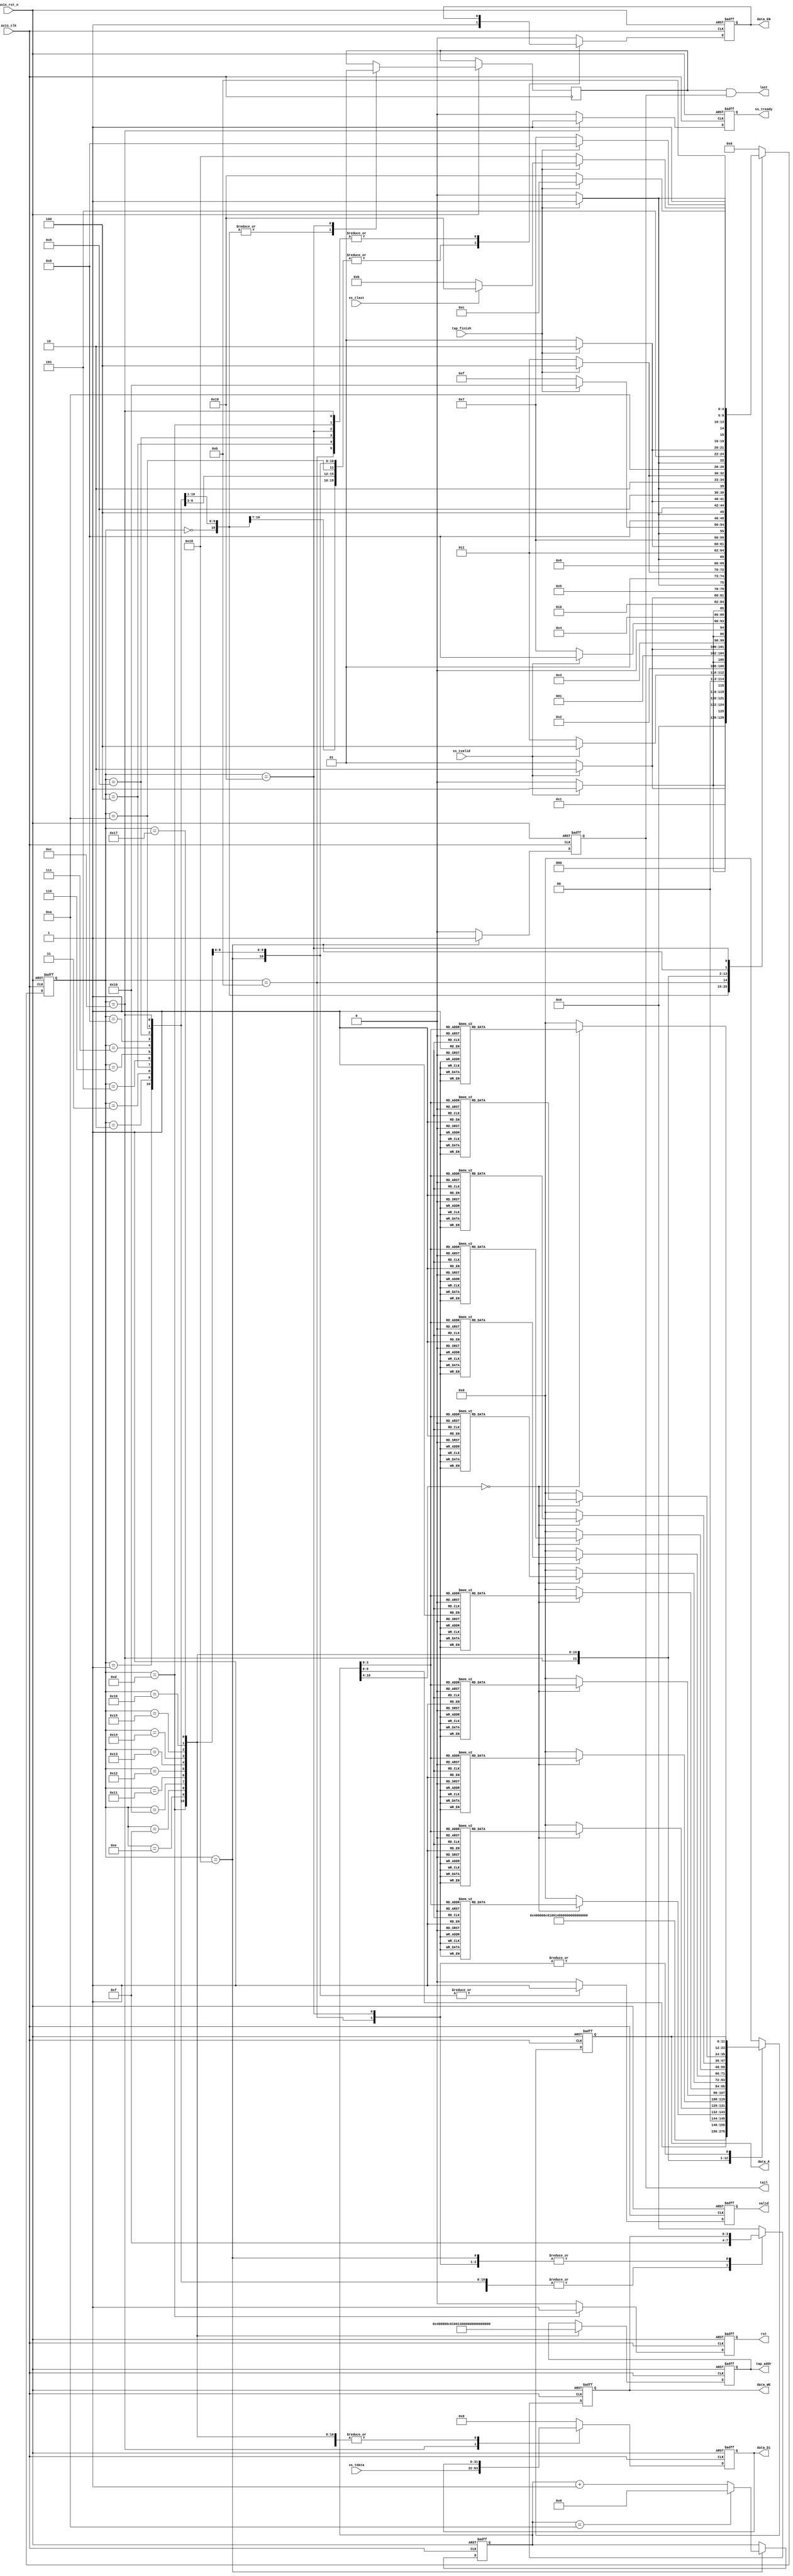
module fir_data
#(  parameter pADDR_WIDTH = 12,
    parameter pDATA_WIDTH = 32,
    parameter Tape_Num    = 11
)
(  
    output  wire [3:0]               data_WE,
    output  wire                     data_EN,
    output  wire [(pDATA_WIDTH-1):0] data_Di,
    output  wire [(pADDR_WIDTH-1):0] data_A,
	input	wire					 tap_finish,
    output  wire [(pADDR_WIDTH-1):0] tap_addr,	
	output  wire					 valid,
	output  wire					 rst,
	output  wire					 tail,
	output  wire					 last,

    input   wire                     ss_tvalid, 
    input   wire [(pDATA_WIDTH-1):0] ss_tdata, 
    input   wire                     ss_tlast, 
    output  wire                     ss_tready,  
	
    input   wire                     axis_clk,
    input   wire                     axis_rst_n
);

/*
AXI-stream:
   M(PS)->S(FIR):
        ss_tdata
        ss_tlast
		ss_tvalid
    M(PS)<-S(FIR):
        ss_tready

SRAM:
FIR<-SRAM
    data_Do

FIR->SRAM
    data_WE
    data_EN
    data_Di
    data_A


*/
reg sslast;
reg tready;

reg [4:0] curr_state;
reg [4:0] next_state;

parameter s0   = 5'b00000; // reset ram[0] 
parameter s1   = 5'b00001; // reset ram[1] 
parameter s2   = 5'b00010; // reset ram[2]
parameter s3   = 5'b00011; // reset ram[3]
parameter s4   = 5'b00100; // reset ram[4]
parameter s5   = 5'b00101; // reset ram[5]
parameter s6   = 5'b00110; // reset ram[6]
parameter s7   = 5'b00111; // reset ram[7]
parameter s8   = 5'b01000; // reset ram[8]
parameter s9   = 5'b01001; // reset ram[9]
parameter s10  = 5'b01010; // reset ram[10]

parameter s11  = 5'b01011; // load data to mem
parameter s12  = 5'b01100; // write ram 

parameter s13  = 5'b01101; // read sram mem[0]
parameter s14  = 5'b01110; // read sram mem[1]
parameter s15  = 5'b01111; // read sram mem[2]
parameter s16  = 5'b10000; // read sram mem[3]
parameter s17  = 5'b10001; // read sram mem[4]
parameter s18  = 5'b10010; // read sram mem[5]
parameter s19  = 5'b10011; // read sram mem[6]
parameter s20  = 5'b10100; // read sram mem[7]
parameter s21  = 5'b10101; // read sram mem[8]
parameter s22  = 5'b10110; // read sram mem[9]
parameter s23  = 5'b10111; // read sram mem[10]
parameter s24  = 5'b11000; // wait

parameter s25  = 5'b11001; // last load


always@(posedge axis_clk or negedge axis_rst_n)
	if (!axis_rst_n) curr_state <= s0;
	else        curr_state <= next_state;

always@(*)
	case(curr_state)
		s0:  if(ss_tvalid) next_state = s1;
		     else next_state = s0;
		s1:  if(ss_tvalid) next_state = s2;
		     else next_state = s1;
		s2:  if(ss_tvalid) next_state = s3;
		     else next_state = s2;
		s3:  if(ss_tvalid) next_state = s4;
		     else next_state = s3;
		s4:  if(ss_tvalid) next_state = s5;
		     else next_state = s4;
		s5:  if(ss_tvalid) next_state = s6;
		     else next_state = s5;
		s6:  if(ss_tvalid) next_state = s7;
		     else next_state = s6;
		s7:  if(ss_tvalid) next_state = s8;
		     else next_state = s7;
		s8:  if(ss_tvalid) next_state = s9;
		     else next_state = s8;
		s9:  if(ss_tvalid) next_state = s10;		     
		     else next_state = s9;
		s10: if(tap_finish) next_state = s11;
		     else next_state = s10;
		s11: if(tap_finish) next_state = s12;
		     else next_state = s11;
		s12: if(tap_finish) next_state = s13;
		     else next_state = s12;
		s13: if(tap_finish) next_state = s14;
		     else next_state = s13;
		s14: if(tap_finish) next_state = s15;
		     else next_state = s14;
		s15: if(tap_finish) next_state = s16;
		     else next_state = s15;
		s16: if(tap_finish) next_state = s17;
		     else next_state = s16;
		s17: if(tap_finish) next_state = s18;
		     else next_state = s17;
		s18: if(tap_finish) next_state = s19;
		     else next_state = s18;
		s19: if(tap_finish) next_state = s20;
		     else next_state = s19;
		s20: if(tap_finish) next_state = s21;
		     else next_state = s20;
		s21: if(tap_finish) next_state = s22;
		     else next_state = s21;
		s22: if(tap_finish) next_state = s23;
		     else next_state = s22;
		s23: if(tap_finish) next_state = s24;
		     else next_state = s23;
		s24: if(tap_finish) next_state = (ss_tlast)?s25:s11;
		     else next_state = s24;
		s25: if(tap_finish) next_state = s12;
		     else next_state = s25; 
		default : next_state = s0;		 			 			 			 			 			 			 			 			 			 				 			 
	endcase

reg [3:0] ramwenin;
reg [(pDATA_WIDTH-1):0] ramdatain;
reg [(pADDR_WIDTH-1):0] ramaddrin;
reg ramenin;

reg datavalid;
reg datarst;
reg datatail;
reg datalast;

reg [10:0] ptr;

reg [(pADDR_WIDTH-1):0] tapramaddrin;

always@(posedge axis_clk or negedge axis_rst_n) begin	
	if(!axis_rst_n) begin
		tready <= 0;

		ramwenin <= 4'b0000;
		ramdatain <= 0;
		ramaddrin <= 0;
		ramenin <= 0;

		datavalid <= 0;
		datarst <= 0;
		datatail <= 0;

		ptr <=0;	
		tapramaddrin <= 0;	
	end	
	else 
		case(curr_state)
		s0:  begin 
		     tready <= 0;

			 ramwenin <= 4'b1111;
			 ramdatain <= 0;
			 ramaddrin <= 0;
			 ramenin <= 1;
			 
			 datavalid <= 0;
			 datarst <= 0;
			 datatail <= 0;
			 datalast <= 0;
		end
		s1:  begin
			 tready <= 0;

			 ramwenin <= 4'b1111;
			 ramdatain <= 0;
			 ramaddrin <= 4;
			 ramenin <= 1;

			 datavalid <= 0;
			 datarst <= 0;
			 datatail <= 0;
			 datalast <= 0;
		end
		s2:  begin
			 tready <= 0;

			 ramwenin <= 4'b1111;
			 ramdatain <= 0;
			 ramaddrin <= 8;
			 ramenin <= 1;

			 datavalid <= 0;
			 datarst <= 0;
			 datatail <= 0;
			 datalast <= 0;
			 
		end
		s3:  begin
			 tready <= 0;

			 ramwenin <= 4'b1111;
			 ramdatain <= 0;
			 ramaddrin <= 12;
			 ramenin <= 1;

			 datavalid <= 0;
			 datarst <= 0;
			 datatail <= 0;
			 datalast <= 0;			 
		end
		s4:  begin
			 tready <= 0;

			 ramwenin <= 4'b1111;
			 ramdatain <= 0;
			 ramaddrin <= 16;
			 datavalid <= 0;
			 datarst <= 0;
			 datatail <= 0;
			 datalast <= 0;			 
		end
		s5:  begin
			 tready <= 0;

			 ramwenin <= 4'b1111;
			 ramdatain <= 0;
			 ramaddrin <= 20;
			 ramenin <= 1;

			 datavalid <= 0;
			 datarst <= 0;
			 datatail <= 0;
			 datalast <= 0;			 
		end
		s6:  begin
			 tready <= 0;

			 ramwenin <= 4'b1111;
			 ramdatain <= 0;
			 ramaddrin <= 24;
			 ramenin <= 1;

			 datavalid <= 0;
			 datarst <= 0;
			 datatail <= 0;
			 datalast <= 0;			 
		end
		s7:  begin
			 tready <= 0;

			 ramwenin <= 4'b1111;
			 ramdatain <= 0;
			 ramaddrin <= 28;
			 ramenin <= 1;

			 datavalid <= 0;
			 datarst <= 0;
			 datatail <= 0;
			 datalast <= 0;		 
		end
		s8:  begin
			 tready <= 0;

			 ramwenin <= 4'b1111;
			 ramdatain <= 0;
			 ramaddrin <= 32;
			 ramenin <= 1;

			 datavalid <= 0;
			 datarst <= 0;
			 datatail <= 0;
			 datalast <= 0;			 
		end
		s9:  begin
			 tready <= 0;

			 ramwenin <= 4'b1111;
			 ramdatain <= 0;
			 ramaddrin <= 36;

			 datavalid <= 0;
			 datarst <= 0;
			 datatail <= 0;
			 datalast <= 0;
		end
		s10: begin
			 tready <= 0;

			 ramwenin <= 4'b1111;
			 ramdatain <= 0;
			 ramaddrin <= 40;
			 ramenin <= 1;

			 datavalid <= 0;
			 datarst <= 0;
			 datatail <= 0;
			 datalast <= 0;
		end
		s11: begin
			 tready <= 0;

			 datavalid <= 0;
			 datarst <= 0;
			 datatail <= 0;
		end
		s12: begin
			 tready <= 1;

			 ramwenin <= 4'b1111;
			 ramdatain <= ss_tdata;
			 ramaddrin <= ptr << 2;

			 datavalid <= 0;
			 datarst <= 0;
			 datatail <= 0;
		end		
		s13: begin
			 tready <= 0;
			 ramwenin <= 4'b0000;

			 case(ptr)
			 	4'd0: ramaddrin <= 0;
				4'd1: ramaddrin <= 4;
				4'd2: ramaddrin <= 8;
				4'd3: ramaddrin <= 12;
				4'd4: ramaddrin <= 16; 
				4'd5: ramaddrin <= 20;
				4'd6: ramaddrin <= 24;
				4'd7: ramaddrin <= 28;
				4'd8: ramaddrin <= 32;
				4'd9: ramaddrin <= 36;
				4'd10: ramaddrin <= 40;
				default: ramaddrin <= 0;
			 endcase

			 datavalid <= 0;
			 datarst <= 1;
			 datatail <= 0;
			 tapramaddrin <= 0;
		end
		s14: begin
			 tready <= 0;

			 ramwenin <= 4'b0000;
			 ramenin <= 1;

			 case(ptr)
			 	4'd0: ramaddrin <= 40;
				4'd1: ramaddrin <= 0;
				4'd2: ramaddrin <= 4;
				4'd3: ramaddrin <= 8;
				4'd4: ramaddrin <= 12; 
				4'd5: ramaddrin <= 16;
				4'd6: ramaddrin <= 20;
				4'd7: ramaddrin <= 24;
				4'd8: ramaddrin <= 28;
				4'd9: ramaddrin <= 32;
				4'd10: ramaddrin <= 36;
				default: ramaddrin <= 0;
			 endcase

			 datavalid <= 1;
			 datarst <= 0;
			 datatail <= 0;
			 tapramaddrin <= 4;
		end	
		s15: begin
			 tready <= 0;

			 ramwenin <= 4'b0000;
			 ramenin <= 1;	

			 case(ptr)
			 	4'd0: ramaddrin <= 36;
				4'd1: ramaddrin <= 40;
				4'd2: ramaddrin <= 0;
				4'd3: ramaddrin <= 4;
				4'd4: ramaddrin <= 8; 
				4'd5: ramaddrin <= 12;
				4'd6: ramaddrin <= 16;
				4'd7: ramaddrin <= 20;
				4'd8: ramaddrin <= 24;
				4'd9: ramaddrin <= 28;
				4'd10: ramaddrin <= 32;
				default: ramaddrin <= 0;
			 endcase

			 datavalid <= 1;
			 datarst <= 0;
			 datatail <= 0;
			 tapramaddrin <= 8;
		end	
		s16: begin
			 tready <= 0;

			 ramwenin <= 4'b0000;
			 ramenin <= 1;

			 case(ptr)
			 	4'd0: ramaddrin <= 32;
				4'd1: ramaddrin <= 36;
				4'd2: ramaddrin <= 40;
				4'd3: ramaddrin <= 0;
				4'd4: ramaddrin <= 4; 
				4'd5: ramaddrin <= 8;
				4'd6: ramaddrin <= 12;
				4'd7: ramaddrin <= 16;
				4'd8: ramaddrin <= 20;
				4'd9: ramaddrin <= 24;
				4'd10: ramaddrin <= 28;
				default: ramaddrin <= 0;
			 endcase

			 datavalid <= 1;
			 datarst <= 0;
			 datatail <= 0;	
			 tapramaddrin <= 12;	 
		end	
		s17: begin
			 tready <= 0;

			 ramwenin <= 4'b0000;
			 ramenin <= 1;	

			 case(ptr)
			 	4'd0: ramaddrin <= 28;
				4'd1: ramaddrin <= 32;
				4'd2: ramaddrin <= 36;
				4'd3: ramaddrin <= 40;
				4'd4: ramaddrin <= 0; 
				4'd5: ramaddrin <= 4;
				4'd6: ramaddrin <= 8;
				4'd7: ramaddrin <= 12;
				4'd8: ramaddrin <= 16;
				4'd9: ramaddrin <= 20;
				4'd10: ramaddrin <= 24;
				default: ramaddrin <= 0;
			 endcase

			 datavalid <= 1;
			 datarst <= 0;
			 datatail <= 0;
			 tapramaddrin <= 16;
		end	
		s18: begin
			 tready <= 0;

			 ramwenin <= 4'b0000;
			 ramenin <= 1;

			 case(ptr)
			 	4'd0: ramaddrin <= 24;
				4'd1: ramaddrin <= 28;
				4'd2: ramaddrin <= 32;
				4'd3: ramaddrin <= 36;
				4'd4: ramaddrin <= 40; 
				4'd5: ramaddrin <= 0;
				4'd6: ramaddrin <= 4;
				4'd7: ramaddrin <= 8;
				4'd8: ramaddrin <= 12;
				4'd9: ramaddrin <= 16;
				4'd10: ramaddrin <= 20;
				default: ramaddrin <= 0;
			 endcase

			 datavalid <= 1;
			 datarst <= 0;
			 datatail <= 0;	 
			 tapramaddrin <= 20;
		end	
		s19: begin
			 tready <= 0;

			 ramwenin <= 4'b0000;
			 ramenin <= 1;	

			 case(ptr)
			 	4'd0: ramaddrin <= 20;
				4'd1: ramaddrin <= 24;
				4'd2: ramaddrin <= 28;
				4'd3: ramaddrin <= 32;
				4'd4: ramaddrin <= 36; 
				4'd5: ramaddrin <= 40;
				4'd6: ramaddrin <= 0;
				4'd7: ramaddrin <= 4;
				4'd8: ramaddrin <= 8;
				4'd9: ramaddrin <= 12;
				4'd10: ramaddrin <= 16;
				default: ramaddrin <= 0;
			 endcase

			 datavalid <= 1;
			 datarst <= 0;
			 datatail <= 0;	
			 tapramaddrin <= 24;	 
		end									
		s20: begin
			 tready <= 0;

			 ramwenin <= 4'b0000;
			 ramenin <= 1;

			 case(ptr)
			 	4'd0: ramaddrin <= 16;
				4'd1: ramaddrin <= 20;
				4'd2: ramaddrin <= 24;
				4'd3: ramaddrin <= 28;
				4'd4: ramaddrin <= 32; 
				4'd5: ramaddrin <= 36;
				4'd6: ramaddrin <= 40;
				4'd7: ramaddrin <= 0;
				4'd8: ramaddrin <= 4;
				4'd9: ramaddrin <= 8;
				4'd10: ramaddrin <= 12;
				default: ramaddrin <= 0;
			 endcase			 

			 datavalid <= 1;
			 datarst <= 0;
			 datatail <= 0;
			 tapramaddrin <= 28;
		end	
		s21: begin
			 tready <= 0;

			 ramwenin <= 4'b0000;
			 ramenin <= 1;

			 case(ptr)
			 	4'd0: ramaddrin <= 12;
				4'd1: ramaddrin <= 16;
				4'd2: ramaddrin <= 20;
				4'd3: ramaddrin <= 24;
				4'd4: ramaddrin <= 28; 
				4'd5: ramaddrin <= 32;
				4'd6: ramaddrin <= 36;
				4'd7: ramaddrin <= 40;
				4'd8: ramaddrin <= 0;
				4'd9: ramaddrin <= 4;
				4'd10: ramaddrin <= 8;
				default: ramaddrin <= 0;
			 endcase

			 datavalid <= 1;
			 datarst <= 0;
			 datatail <= 0;	
			 tapramaddrin <= 32;	 
		end	
		s22: begin
			 tready <= 0;

			 ramwenin <= 4'b0000;
			 ramenin <= 1;	
			 
			 case(ptr)
			 	4'd0: ramaddrin <= 8;
				4'd1: ramaddrin <= 12;
				4'd2: ramaddrin <= 16;
				4'd3: ramaddrin <= 20;
				4'd4: ramaddrin <= 24; 
				4'd5: ramaddrin <= 28;
				4'd6: ramaddrin <= 32;
				4'd7: ramaddrin <= 36;
				4'd8: ramaddrin <= 40;
				4'd9: ramaddrin <= 0;
				4'd10: ramaddrin <= 4;
				default: ramaddrin <= 0;
			 endcase

			 datavalid <= 1;
			 datarst <= 0;
			 datatail <= 0;
			 tapramaddrin <= 36;
		end	
		s23: begin
			 tready <= 0;

			 ramwenin <= 4'b0000;
			 ramenin <= 1;

			 case(ptr)
			 	4'd0: ramaddrin <= 4;
				4'd1: ramaddrin <= 8;
				4'd2: ramaddrin <= 12;
				4'd3: ramaddrin <= 16;
				4'd4: ramaddrin <= 20; 
				4'd5: ramaddrin <= 24;
				4'd6: ramaddrin <= 28;
				4'd7: ramaddrin <= 32;
				4'd8: ramaddrin <= 36;
				4'd9: ramaddrin <= 40;
				4'd10: ramaddrin <= 0;
				default: ramaddrin <= 0;
			 endcase

			 datavalid <= 1;
			 datarst <= 0;
			 datatail <= 0;
			 tapramaddrin <= 40;
		end												
		s24: begin
			 tready <= 0;

			 ramdatain <= 0;
			 ramaddrin <= 0;
			 ramenin <= 1;	

			 datavalid <= 1;
			 datarst <= 0;
			 datatail <= 1;
			 ptr <= (ptr==10)?0:ptr+1;
		end
		s25:  begin 
		     tready <= 0;

			 datavalid <= 0;
			 datarst <= 0;
			 datatail <= 0 ;

			 datalast <= 1;
		end
		default: begin
			 tready <= 0;

			 ramwenin <= 4'b0000;
		 	 ramdatain <= 0;
		 	 ramaddrin <= 0;
		 	 ramenin <= 0;

		 	 datavalid <= 0;
		 	 datarst <= 0;
			 datatail <= 0;
		end				 			
		endcase
end

assign ss_tready = tready;

assign data_WE = ramwenin;
assign data_EN = ramenin;
assign data_Di = ramdatain;
assign data_A = ramaddrin;

assign valid = datavalid;
assign rst = datarst;
assign tail = datatail;
assign last = datalast && datatail;
assign tap_addr = tapramaddrin;


endmodule